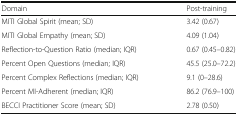
| Domain | Post-training |
 | --- | --- |
 | MITI Global Spirit (mean; SD) | 3.42 (0.67) |
 | MITI Global Empathy (mean; SD) | 4.09 (1.04) |
 | Reflection-to-Question Ratio (median; IQR) | 0.67 (0.45–0.82) |
 | Percent Open Questions (median; IQR) | 45.5 (25.0–72.2) |
 | Percent Complex Reflections (median; IQR) | 9.1 (0–28.6) |
 | Percent MI-Adherent (median; IQR) | 86.2 (76.9–100) |
 | BECCI Practitioner Score (mean; SD) | 2.78 (0.50) |